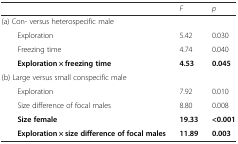
<table><thead><tr><td></td><td><b><i>F</i></b></td><td><b><i>p</i></b></td></tr></thead><tbody><tr><td colspan="3">(a) Con- versus heterospecific male</td></tr><tr><td>Exploration</td><td>5.42</td><td>0.030</td></tr><tr><td>Freezing time</td><td>4.74</td><td>0.040</td></tr><tr><td><b>Exploration × freezing time</b></td><td><b>4.53</b></td><td><b>0.045</b></td></tr><tr><td colspan="3">(b) Large versus small conspecific male</td></tr><tr><td>Exploration</td><td>7.92</td><td>0.010</td></tr><tr><td>Size difference of focal males</td><td>8.80</td><td>0.008</td></tr><tr><td><b>Size female</b></td><td><b>19.33</b></td><td><b>&lt;0.001</b></td></tr><tr><td><b>Exploration × size difference of focal males</b></td><td><b>11.89</b></td><td><b>0.003</b></td></tr></tbody></table>